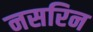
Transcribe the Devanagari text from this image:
नसरिन